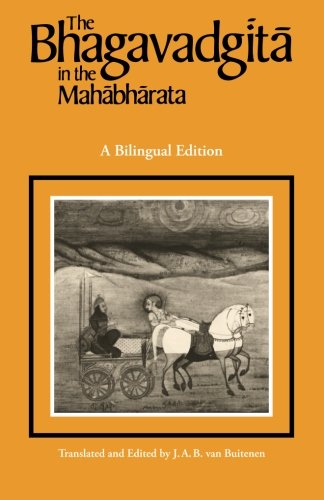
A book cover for The Bhagavadgita in the Mahabharata; Religion & Spirituality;